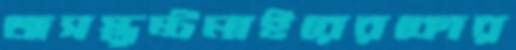
অসস্তুষ্টমাইরেরকোর্